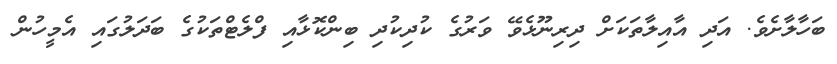
ބަހާލާށެވެ. އަދި އާއިލާތަކަށް ދިރިނޫޅެވޭ ވަރުގެ ކުދިކުދި ބިންކޮޅާއި ފްލެޓްތަކުގެ ބަދަލުގައި އެމީހުން